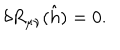
LaTeX: \delta R _ { \mu \nu } ( \hat { h } ) = 0 .